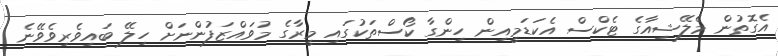
އެގޮތުން މެލޭޝިއާގެ ޓެކްސް އެކަޑަމީއިން ހިންގާ ކޯސްތަކުގައި މީރާގެ މުވައްޒަފުންނަށް ހިލޭ ބައިވެރިވެވޭނެ